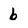
Character: 6